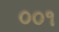
૦૦૧